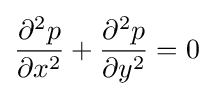
{\frac {\partial ^{2}p}{\partial x^{2}}}+{\frac {\partial ^{2}p}{\partial y^{2}}}=0